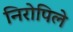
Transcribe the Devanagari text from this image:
निरोपिले